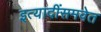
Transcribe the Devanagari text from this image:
इत्यादींसमवेत